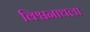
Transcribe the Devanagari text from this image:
विश्वनाथला